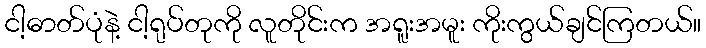
ငါ့ဓာတ်ပုံနဲ့ ငါ့ရုပ်တုကို လူတိုင်းက အရူးအမူး ကိုးကွယ်ချင်ကြတယ်။